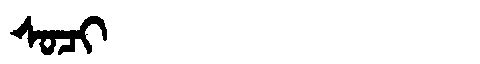
Manchu: ᠰᠣᠴᡳ
Romanization: SOCI